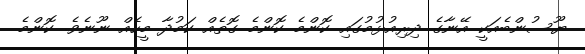
ޔޫސުންބެއަކީ އޭނާގެ ދިރިއުޅުމުގައި ކޮންމެ ކޮންމެ ގޮތެއް ކަމުދާ މީހެއް ނޫނެވެ. ކޮންމެ